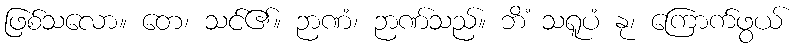
ဖြစ်သလော။ တေ၊ သင်၏။ ဉာဏံ၊ ဉာဏ်သည်။ ဘိံ သရူပံ နု၊ ကြောက်ဖွယ်